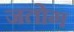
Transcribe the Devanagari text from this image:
जतोग